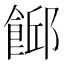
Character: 𩜞